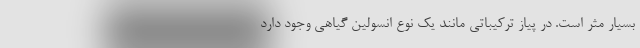
بسیار مثر است. در پیاز ترکیباتی مانند یک نوع انسولین گیاهی وجود دارد